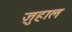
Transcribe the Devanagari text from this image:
ज़ुहाल